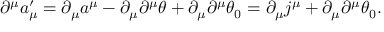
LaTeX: \partial ^ { \mu } a _ { \mu } ^ { \prime } = \partial _ { \mu } a ^ { \mu } - \partial _ { \mu } \partial ^ { \mu } \theta + \partial _ { \mu } \partial ^ { \mu } \theta _ { 0 } = \partial _ { \mu } j ^ { \mu } + \partial _ { \mu } \partial ^ { \mu } \theta _ { 0 } .